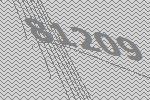
81209